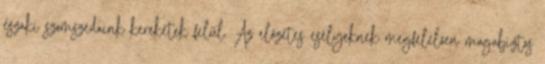
északi szomszédaink kereketek felül. Az előzetes esélyeknek megfelelően magabiztos